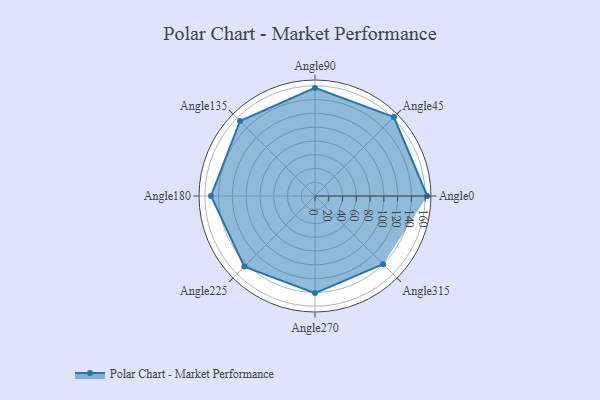
{"axis": {"x": "Angle", "y": "Radius"}, "legend": [""], "data": [{"x": "Angle0", "y": 163.0, "type": ""}, {"x": "Angle45", "y": 162.0, "type": ""}, {"x": "Angle90", "y": 157.0, "type": ""}, {"x": "Angle135", "y": 154.0, "type": ""}, {"x": "Angle180", "y": 151.0, "type": ""}, {"x": "Angle225", "y": 145.0, "type": ""}, {"x": "Angle270", "y": 141.0, "type": ""}, {"x": "Angle315", "y": 140.0, "type": ""}]}